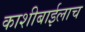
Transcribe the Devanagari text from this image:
काशीबाईलाच